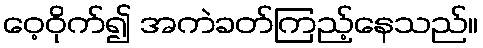
ဝေ့ဝိုက်၍ အကဲခတ်ကြည့်နေသည်။